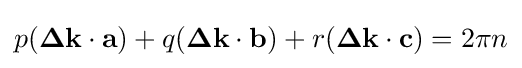
p(\mathbf {\Delta k} \cdot \mathbf {a} )+q(\mathbf {\Delta k} \cdot \mathbf {b} )+r(\mathbf {\Delta k} \cdot \mathbf {c} )=2\pi n